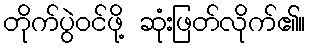
တိုက်ပွဲဝင်ဖို့ ဆုံးဖြတ်လိုက်၏။